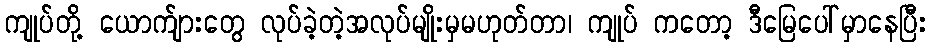
ကျုပ်တို့ ယောက်ျားတွေ လုပ်ခဲ့တဲ့အလုပ်မျိုးမှမဟုတ်တာ၊ ကျုပ် ကတော့ ဒီမြေပေါ်မှာနေပြီး